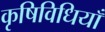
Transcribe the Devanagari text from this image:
कृषिविधियाँ